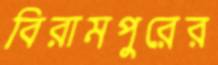
বিরামপুরের